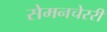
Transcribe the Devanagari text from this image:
सेमनचेररी